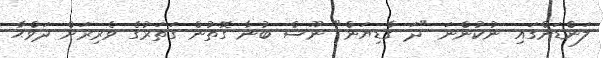
ލަންޑަންގައި ނުކުންނަ "ދަ ގާޑިޔަން" ނޫސް ބުނާ ގޮތުން ގަތަރުގެ ވެރިރަށް ދަވްޙާ